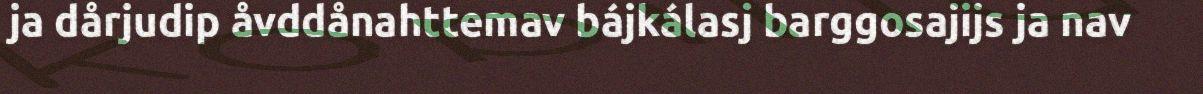
ja dårjudip åvddånahttemav bájkálasj barggosajijs ja nav